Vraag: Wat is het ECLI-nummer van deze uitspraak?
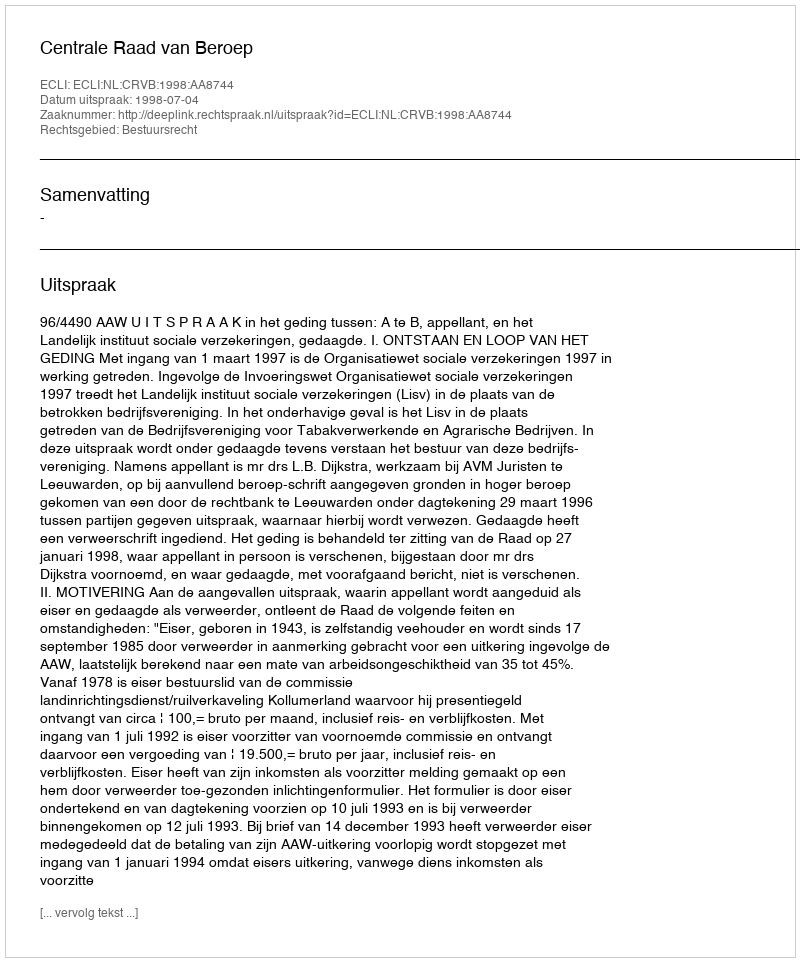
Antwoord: ECLI:NL:CRVB:1998:AA8744